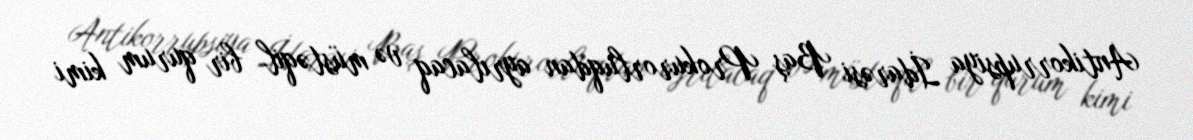
Antikorrupsiya İdarəsi Baş Prokurorluqdan ayrılacaq və müstəqil bir qurum kimi